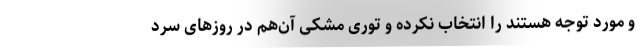
و مورد توجه هستند را انتخاب نکرده و توری مشکی آن‌هم در روزهای سرد